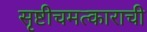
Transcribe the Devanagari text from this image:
सृष्टीचमत्काराची